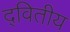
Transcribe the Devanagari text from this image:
द्‌वितीय